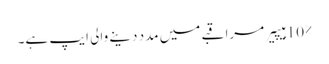
10% ہیپیر مراقبے میں مدد دینے والی ایپ ہے۔